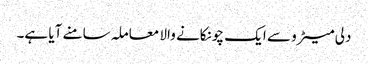
دلی میٹرو سے ایک چونکانے والا معاملہ سامنے آیا ہے۔